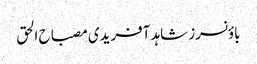
باؤنسرز شاہد آفریدی مصباح الحق